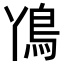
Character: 𮬨